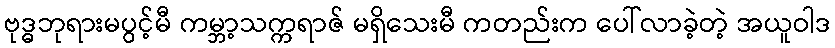
ဗုဒ္ဓဘုရားမပွင့်မီ ကမ္ဘာ့သက္ကရာဇ် မရှိသေးမီ ကတည်းက ပေါ်လာခဲ့တဲ့ အယူဝါဒ